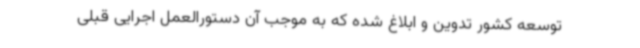
توسعه کشور تدوین و ابلاغ شده که به موجب آن دستورالعمل اجرایی قبلی